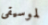
لموسيقى